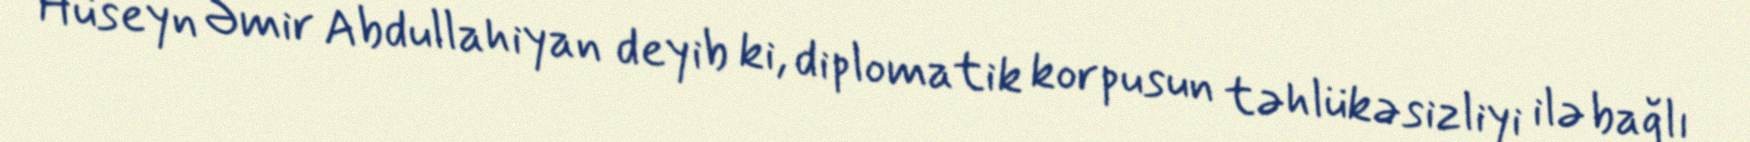
Hüseyn Əmir Abdullahiyan deyib ki, diplomatik korpusun təhlükəsizliyi ilə bağlı